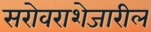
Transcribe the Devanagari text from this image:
सरोवराशेजारील